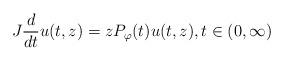
LaTeX: \begin{align*}J \frac{d}{dt}u(t,z)=z P_{\varphi}(t) u(t,z) , t\in(0,\infty) \end{align*}